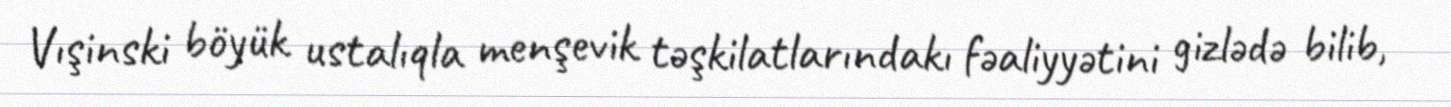
Vışinski böyük ustalıqla menşevik təşkilatlarındakı fəaliyyətini gizlədə bilib,